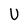
Character: U